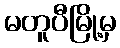
မတူပီမြို့မှ